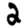
Digit: 2